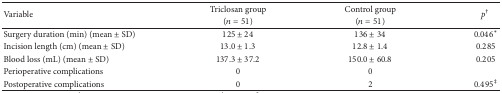
| <ROWSPAN=2> Variable | Triclosan group | Control group | <ROWSPAN=2> p† |
 | (n = 51) | (n = 51) |
 | --- | --- | --- | --- |
 | Surgery duration (min) (mean ± SD) | 125 ± 24 | 136 ± 34 | 0.046∗ |
 | Incision length (cm) (mean ± SD) | 13.0 ± 1.3 | 12.8 ± 1.4 | 0.285 |
 | Blood loss (mL) (mean ± SD) | 137.3 ± 37.2 | 150.0 ± 60.8 | 0.205 |
 | Perioperative complications | 0 | 0 |  |
 | Postoperative complications | 0 | 2 | 0.495‡ |